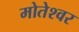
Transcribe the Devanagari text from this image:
मोतेश्वर